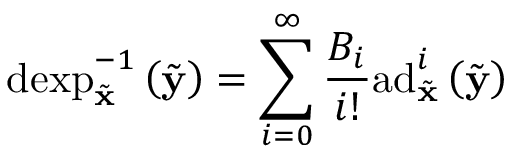
\mathrm { d e x p } _ { \tilde { \mathbf { x } } } ^ { - 1 } \left( \tilde { \mathbf { y } } \right) = \sum _ { i = 0 } ^ { \infty } \frac { B _ { i } } { i ! } \mathrm { a d } _ { \tilde { \mathbf { x } } } ^ { i } \left( \tilde { \mathbf { y } } \right)